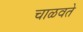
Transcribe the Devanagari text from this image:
चाळवते